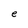
Character: e